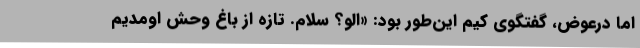
اما درعوض، گفتگوی کیم این‌طور بود: «الو؟ سلام. تازه از باغ وحش اومدیم